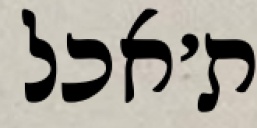
ת׳אכל